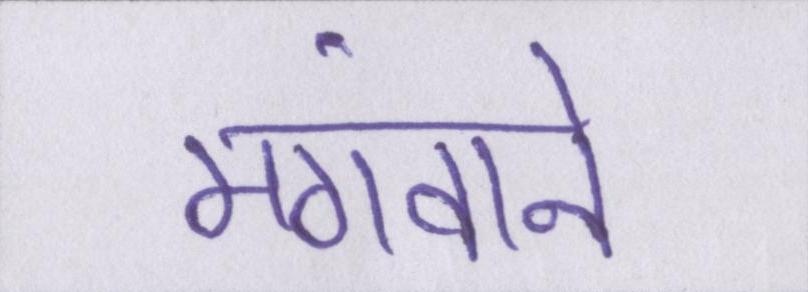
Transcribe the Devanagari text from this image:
मंगवाने